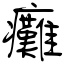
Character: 癱